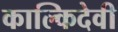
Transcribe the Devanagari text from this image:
काल्किदेवी